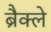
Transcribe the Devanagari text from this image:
ब्रैक्ले